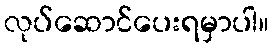
လုပ်ဆောင်ပေးရမှာပါ။